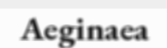
Aeginaea